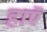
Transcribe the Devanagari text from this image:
हाएॅ